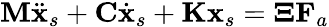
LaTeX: \mathbf{M}\ddot{\mathbf{x}}_{s}+\mathbf{C}\dot{\mathbf{x}}_{s}+\mathbf{K}\mathbf{x}_{s}=\boldsymbol{\Xi}\mathbf{F}_{a}